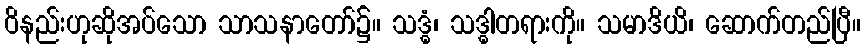
ဝိနည်းဟုဆိုအပ်သော သာသနာတော်၌။ သဒ္ဓံ၊ သဒ္ဓါတရားကို။ သမာဒိယိ၊ ဆောက်တည်ပြီ။